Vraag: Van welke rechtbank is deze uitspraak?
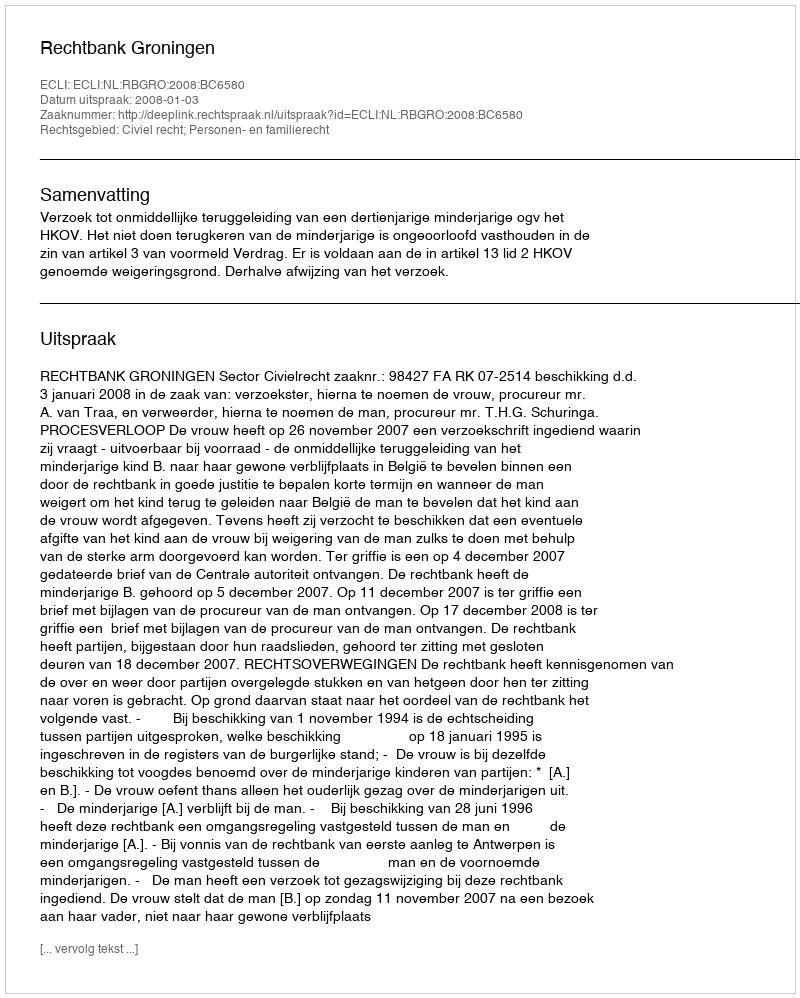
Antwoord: Rechtbank Groningen